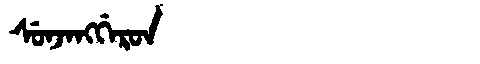
Manchu: ᠰᡠᠨᠵᠠᠩᡤᡝᡵᡨ
Romanization: SUNJANGGERT